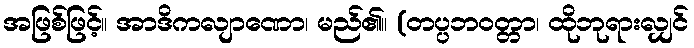
အဖြစ်ဖြင့်။ အာဒိကလျာဏော၊ မည်၏။ (တပ္ပဘဝတ္တာ၊ ထိုဘုရားလျှင်